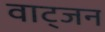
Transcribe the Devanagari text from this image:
वाट्जन